Lunatic asylums Burma 1907-21 - 1907-1921
Year: 1907
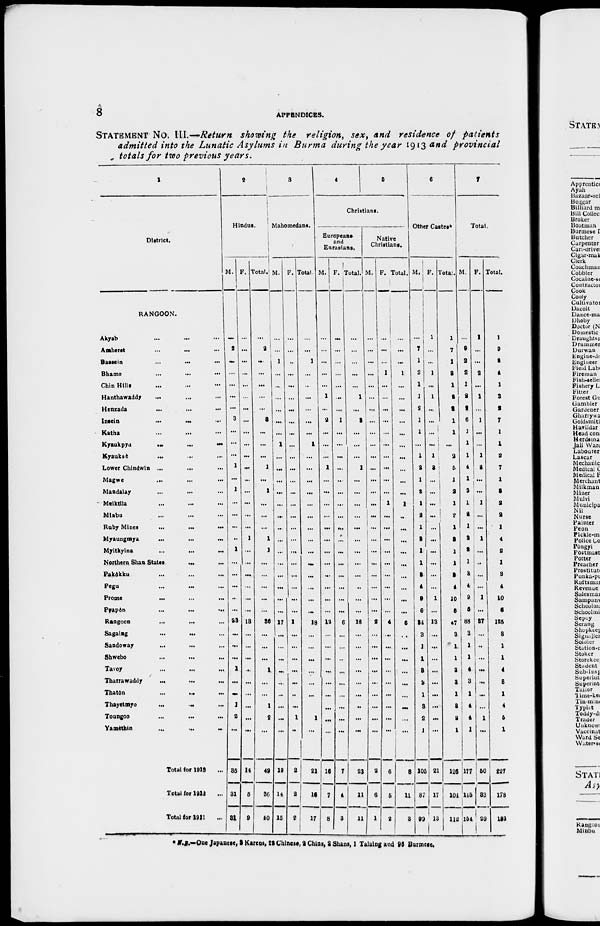
8
APPENDICES.
STATEMENT NO. III.—Return showing the religion, sex, and residence of patients
admitted into the Lunatic Asylums in Burma during the year 1913 and provincial
totals for two previous years.
1
District.
RANGOON.
Akyab ... ... ...
Amherst ... ... ...
Bassein
...
...
...
Bhamo ... ... ...
Chin Hills ... ... ...
Hanthawaddy ... ... ...
Henzada ... ... ...
Insein
...
...
...
Katha ... ... ...
Kyaukpyu
...
...
...
Kyaukse ... ... ...
Lower Chindwin ... ... ...
Magwe ... ... ...
Mandalay ... ... ...
Meiktila ... ... ...
Minbu ... ... ...
Ruby Mines
...
...
...
Myaungmya ... ... ...
Myitkyina ... ... ...
Northern Shan States ... ...
Pakôkku ... ... ...
Pegu
...
...
...
Prome
...
...
...
Pvapôn
...
...
...
Rangoon ... ... ...
Sagaing
...
...
...
Sandoway ... ... ...
Shwebo ... ... ...
Tavoy ... ... ...
Tharrawaddy
...
...
...
Thatôn ... ... ...
Thayetmyo
...
...
...
Toungoo ... ... ...
Yamèthin
...
...
...
Total for 1913 ...
Total for 1912
...
Total for 1911 ...
2
Hindus.
M.
...
2
...
...
...
...
...
3
...
...
...
1
...
1
...
...
...
...
1
...
...
...
...
...
23
...
...
...
1
...
...
1
2
...
35
31
31
F.
...
...
...
...
...
...
...
...
...
...
...
...
...
...
...
...
...
1
...
...
...
...
...
...
13
...
...
...
...
...
...
...
...
...
14
5
9
Total.
...
2
...
...
...
...
...
3
...
...
...
1
...
1
...
...
...
1
1
...
...
...
...
...
36
...
...
...
1
...
...
1
2
...
49
36
40
3
Mahomedans.
M.
...
...
1
...
...
...
...
...
...
1
...
...
...
...
...
...
...
...
...
...
...
...
...
...
17
...
...
...
...
...
...
...
...
...
19
14
15
F.
...
...
...
...
...
...
...
...
...
...
...
...
...
...
...
...
...
...
...
...
...
...
...
...
1
...
...
...
...
...
...
...
1
...
2
2
2
Total.
...
...
1
...
...
...
...
...
...
1
...
...
...
...
...
...
...
...
...
...
...
...
...
...
18
...
...
...
...
...
...
1
...
21
16
17
4
5
Christians.
Europeans
and
Eurasians.
M.
...
...
...
...
...
1
...
2
...
...
...
1
...
...
...
...
...
...
...
...
...
...
...
...
12
...
...
...
...
...
...
...
...
...
16
7
8
F.
...
...
...
...
...
...
...
1
...
...
...
...
...
...
...
...
...
...
...
...
...
...
...
...
6
...
...
..
...
...
...
...
...
...
7
4
3
Total.
...
...
...
...
...
1
...
2
...
...
...
1
...
...
...
...
...
...
...
...
...
..
...
...
18
...
...
...
...
...
...
...
...
...
23
11
11
Native
Christians.
M.
...
...
...
...
...
...
...
...
...
...
...
...
...
...
....
...
...
...
...
...
...
...
...
...
2
...
...
...
...
...
...
...
...
...
2
6
1
F.
...
...
...
1
...
...
...
...
...
...
...
...
...
...
1
...
...
...
...
...
...
...
...
...
4
...
...
...
...
...
...
...
...
...
6
5
2
Total.
...
...
...
1
...
...
...
...
...
...
...
...
...
...
1
....
...
...
...
...
...
...
...
...
6
...
...
...
...
...
...
...
...
...
8
11
3
6
Other Castes*
M.
...
7
1
2
1
1
2
1
1
...
1
2
1
2
1
2
1
3
1
1
3
4
9
6
34
3
1
1
3
3
1
3
2
1
105
87
99
F.
1
...
...
1
...
1
...
...
...
...
1
2
...
...
...
...
...
...
...
...
...
...
1
...
13
...
...
...
...
...
...
...
...
...
21
17
13
Total.
1
7
1
2
1
2
2
1
1
...
2
5
1
2
1
2
1
3
1
1
3
4
10
6
47
3
1
1
3
3
1
3
2
1
126
104
112
7
Total.
M.
...
9
2
2
1
2
2
6
1
1
1
4
1
3
1
2
1
3
2
1
3
4
9
6
88
3
1
1
4
3
1
4
4
1
177
145
154
F.
1
...
...
2
...
1
...
1
...
...
1
3
...
...
1
...
...
1
...
...
...
...
1
...
37
...
...
...
...
...
...
...
1
...
50
33
29
Total.
1
9
2
4
1
3
2
7
1
1
2
7
1
3
2
2
1
4
2
1
3
4
10
6
125
3
1
1
4
3
1
4
5
1
227
178
183
* N.B.––One Japanese, 2 Karens, 22 Chinese, 2 Chins, 2 Shans, 1 Talaing and 96 Burmese.